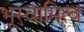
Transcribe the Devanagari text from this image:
भूस्वामित्व